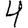
Digit: 4